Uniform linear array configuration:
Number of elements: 4
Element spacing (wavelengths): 1
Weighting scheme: exponential
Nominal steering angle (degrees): -30
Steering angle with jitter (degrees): -31.479
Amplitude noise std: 0.05
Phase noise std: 0.05

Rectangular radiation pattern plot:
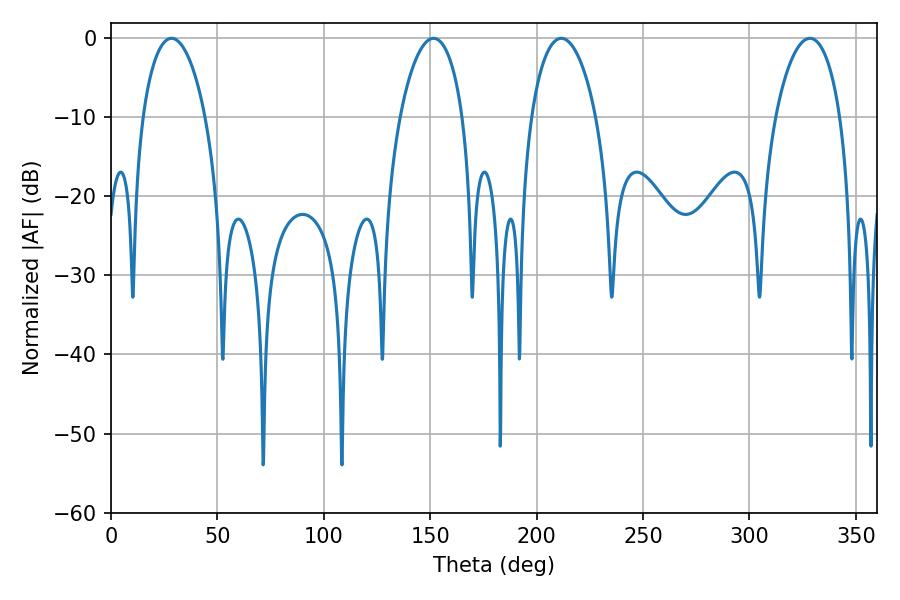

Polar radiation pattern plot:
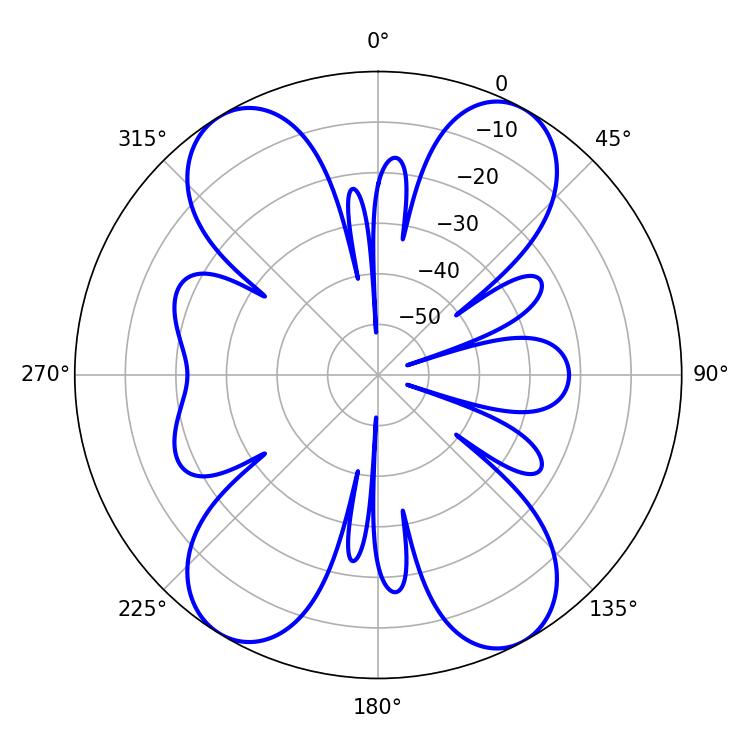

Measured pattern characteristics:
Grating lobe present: TRUE
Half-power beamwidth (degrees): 16.74
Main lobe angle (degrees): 28.44